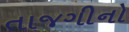
તાજગીનો